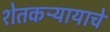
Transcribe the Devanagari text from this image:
शेतकऱ्यायाचे